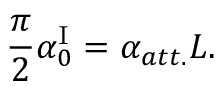
\frac { \pi } { 2 } \alpha _ { 0 } ^ { \mathrm { I } } = \alpha _ { a t t . } L .